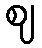
ဈ